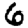
Digit: 6